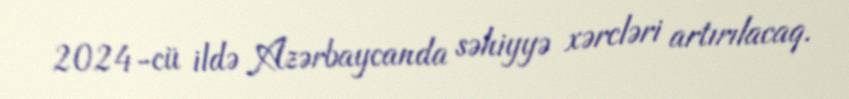
2024-cü ildə Azərbaycanda səhiyyə xərcləri artırılacaq.